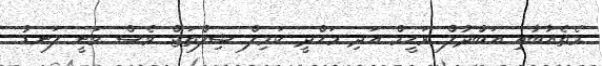
މެތެއާބާއި އަބްދުލް ރަހީމް އަދި މަހްދީ ކަމިލް ޝިލްތަޖް ވެސް ވަނީ ލަނޑު